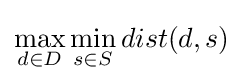
\max _{d\in D}\min _{s\in S}dist(d,s)